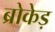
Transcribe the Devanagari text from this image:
ब्रोकेड़